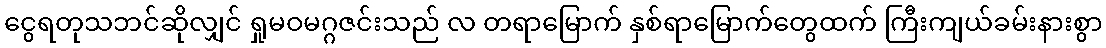
ငွေရတုသဘင်ဆိုလျှင် ရှုမဝမဂ္ဂဇင်းသည် လ တရာမြောက် နှစ်ရာမြောက်တွေထက် ကြီးကျယ်ခမ်းနားစွာ